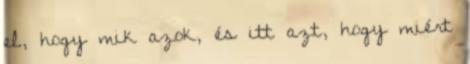
el, hogy mik azok, és itt azt, hogy miért